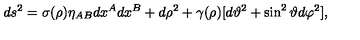
d s ^ { 2 } = \sigma ( \rho ) \eta _ { A B } d x ^ { A } d x ^ { B } + d \rho ^ { 2 } + \gamma ( \rho ) [ d \vartheta ^ { 2 } + \sin ^ { 2 } { \vartheta } d \varphi ^ { 2 } ] ,